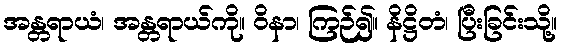
အန္တရာယံ၊ အန္တရာယ်ကို။ ဝိနာ၊ ကြဉ်၍။ နိဋ္ဌိတံ၊ ပြီးခြင်းသို့။